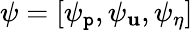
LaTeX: \psi=[\psi_{\mathtt{p}},\psi_{{\mathbf{u}}},\psi_{\eta}]